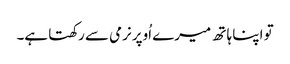
تو اپنا ہا تھ میرے اُوپر نرمی سے رکھتا ہے۔